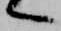
へ